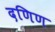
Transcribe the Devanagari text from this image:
दणिण